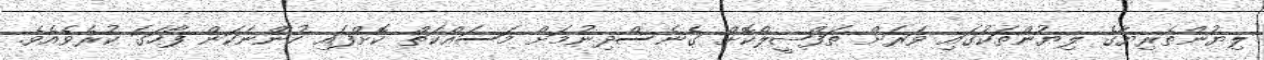
ލިޔުންތެރިޔާގެ ލިޔުންތަކުގައި ވަރަށް ތަފްޞީލްކޮށް ގެނެސްދިނުމަށް މަސައްކަތް ކޮށްފައި ހުންނަކަން ފާާހަގަ ކުރެވެއެވެ.